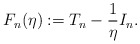
\begin{align*}F_n(\eta):=T_n-\frac{1}{\eta}I_n.\end{align*}